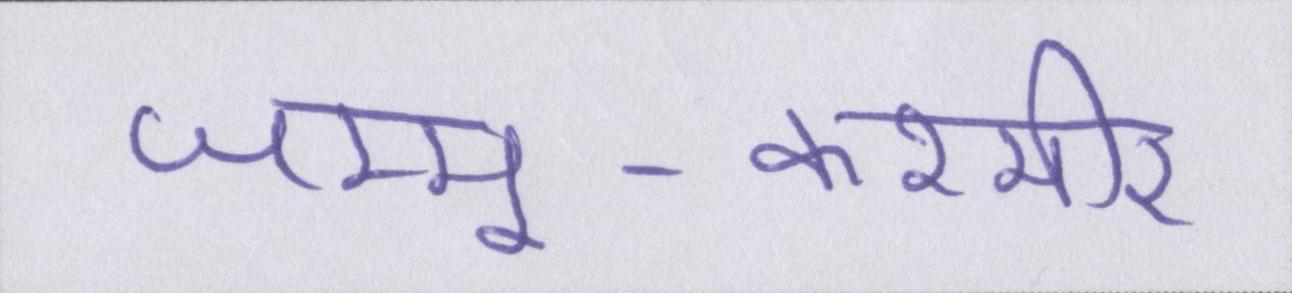
जम्मू-कश्मीर